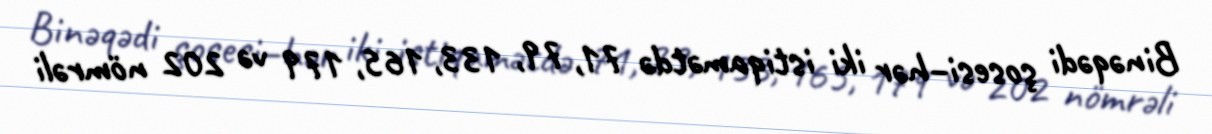
Binəqədi şosesi–hər iki istiqamətdə 71, 79, 133, 165, 179 və 202 nömrəli